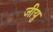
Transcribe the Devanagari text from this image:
जीयु